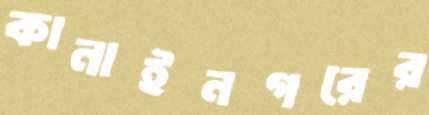
কানাইনগরের